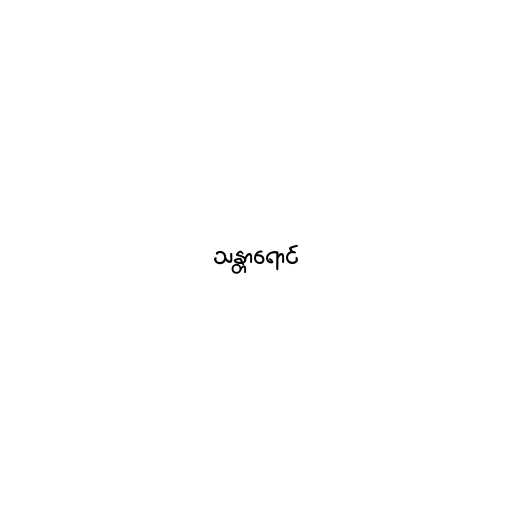
သန္တာရောင်